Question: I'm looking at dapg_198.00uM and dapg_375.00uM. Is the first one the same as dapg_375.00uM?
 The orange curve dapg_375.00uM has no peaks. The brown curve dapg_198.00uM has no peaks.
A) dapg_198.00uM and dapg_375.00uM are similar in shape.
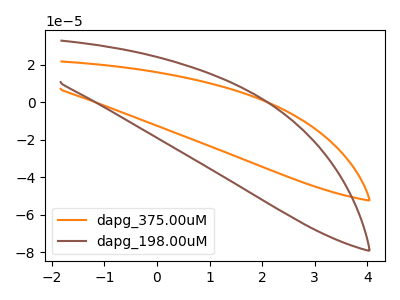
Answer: <think>Neither "dapg_198.00uM" or "dapg_375.00uM" have any peaks.
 </think>
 <answer>A) "dapg_198.00uM" and "dapg_375.00uM" are similar in shape.</answer>
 <eval>A</eval>